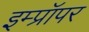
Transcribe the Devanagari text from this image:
इम्प्रॉपर